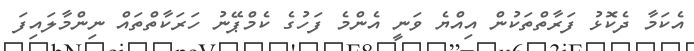
އެކަމާ ދެކޮޅު ފަރާތްތަކުން އިއްޔެ ވަނީ އެންމެ ފަހުގެ ކެމްޕޭނު ހަރަކާތްތައް ނިންމާލައިފަ